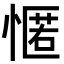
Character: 㥾